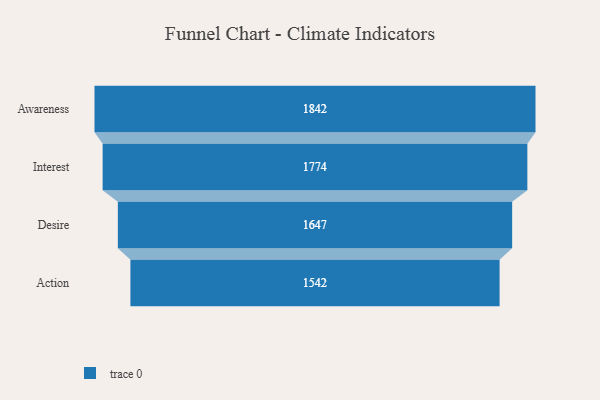
{"axis": {"x": "Stage", "y": "Value"}, "legend": [""], "data": [{"x": "Awareness", "y": 1842.0, "type": ""}, {"x": "Interest", "y": 1774.0, "type": ""}, {"x": "Desire", "y": 1647.0, "type": ""}, {"x": "Action", "y": 1542.0, "type": ""}]}